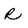
Character: R